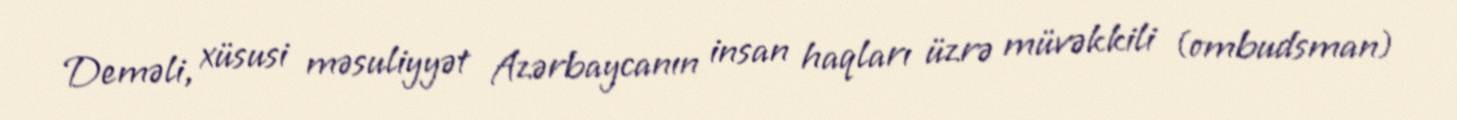
Deməli, xüsusi məsuliyyət Azərbaycanın insan haqları üzrə müvəkkili (ombudsman)